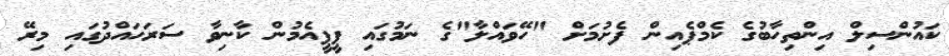
ކައުންސިލް އިންތިހާބުގެ ކެމްޕެއިން ފެށުމަށް "ހޭވައްލާ"ގެ ނަމުގައި ޕީޕީއެމުން ކާނިވާ ސަރަހައްދުގައި މިރޭ